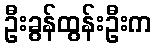
ဦးခွန်ထွန်းဦးက